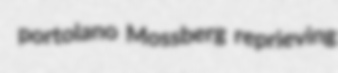
portolano Mossberg reprieving